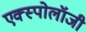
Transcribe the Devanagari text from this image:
एक्स्पोलॉजी